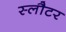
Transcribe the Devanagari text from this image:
स्लौटर